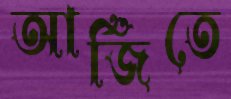
আর্জিতে